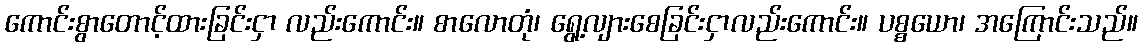
ကောင်းစွာတောင့်ထားခြင်းငှာ လည်းကောင်း။ စာလောတုံ၊ ရွေ့လျားစေခြင်းငှာလည်းကောင်း။ ပစ္စယော၊ အကြောင်းသည်။